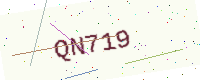
Text: QN719